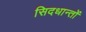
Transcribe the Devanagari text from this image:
सिदधान्‍तों